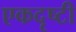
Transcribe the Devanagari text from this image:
एकदृष्टी